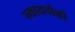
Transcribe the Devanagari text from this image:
न्यायचौकी